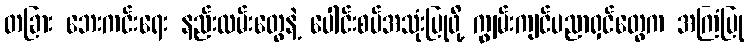
တခြား ဘေးကင်းရေး နည်းလမ်းတွေနဲ့ ပေါင်းစပ်အသုံးပြုဖို့ ကျွမ်းကျင်ပညာရှင်တွေက အကြံပြု